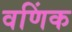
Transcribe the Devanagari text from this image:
वणिंक